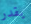
يقدر